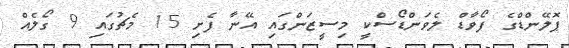
ޕޮލޭންޑްގެ ފޯވާޑް ލެވަންޑޯސްކީ މިސީޒަންގައި އޭނާ ފެށި 15 މެޗުގައި 9 ގޯލެއް